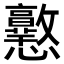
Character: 𢥲